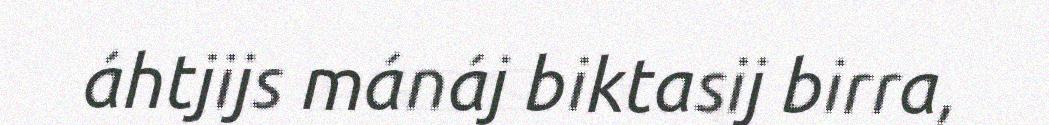
áhtjijs mánáj biktasij birra,